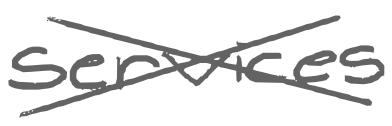
Text: services
Cross-out: cross
Writing tool: digital_gray